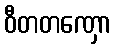
ဝီတတဏှော